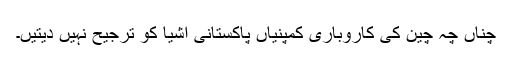
چناں چہ چین کی کاروباری کمپنیاں پاکستانی اشیا کو ترجیح نہیں دیتیں۔